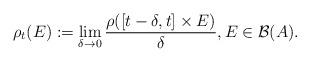
LaTeX: \begin{align*}\rho_t(E) := \lim_{\delta\rightarrow0} \frac{\rho( [t-\delta,t] \times E)}{\delta},E\in\mathcal{B}(A).\end{align*}